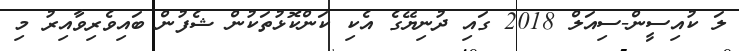
ލަ ކުއިސީން-ސިއަލް 2018 ގައި ދުނިޔޭގެ އެކި ކަންކޮޅުތަކުން ޝެފުން ބައިވެރިވާއިރު މި